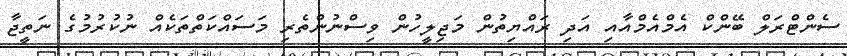
ސެންޓްރަލް ބޭންކް އެމްއެމްއާއި އަދި ރައްޔިތުން މަޖިލީހުން ވިސްނުންތެރި މަސައްކަތްތަކެއް ނުކުރުމުގެ ނަތީޖާ